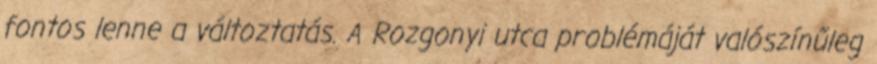
fontos lenne a változtatás. A Rozgonyi utca problémáját valószínűleg